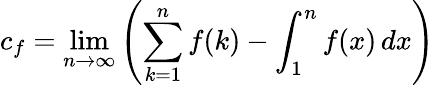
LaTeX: c_{f}=\operatorname*{lim}_{n\to\infty}\left(\sum_{k=1}^{n}f(k)-\int_{1}^{n}f(x)\, dx\right)